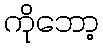
ကိုဘော့